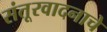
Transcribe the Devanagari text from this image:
संतूरवादनाचे